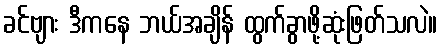
ခင်ဗျား ဒီကနေ ဘယ်အချိန် ထွက်ခွာဖို့ဆုံးဖြတ်သလဲ။